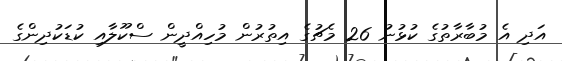
އަދި އެ މުބާރާތުގެ ކުޅުނު 26 މެޗުގެ އިތުރުން މުހިއްދީން ސްކޫލާއި ކުޑަކުދިންގެ